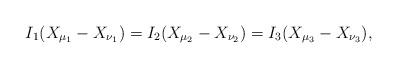
LaTeX: \begin{align*} I_1(X_{\mu_1}- X_{\nu_1})= I_2(X_{\mu_2}- X_{\nu_2})= I_3(X_{\mu_3}- X_{\nu_3}),\end{align*}